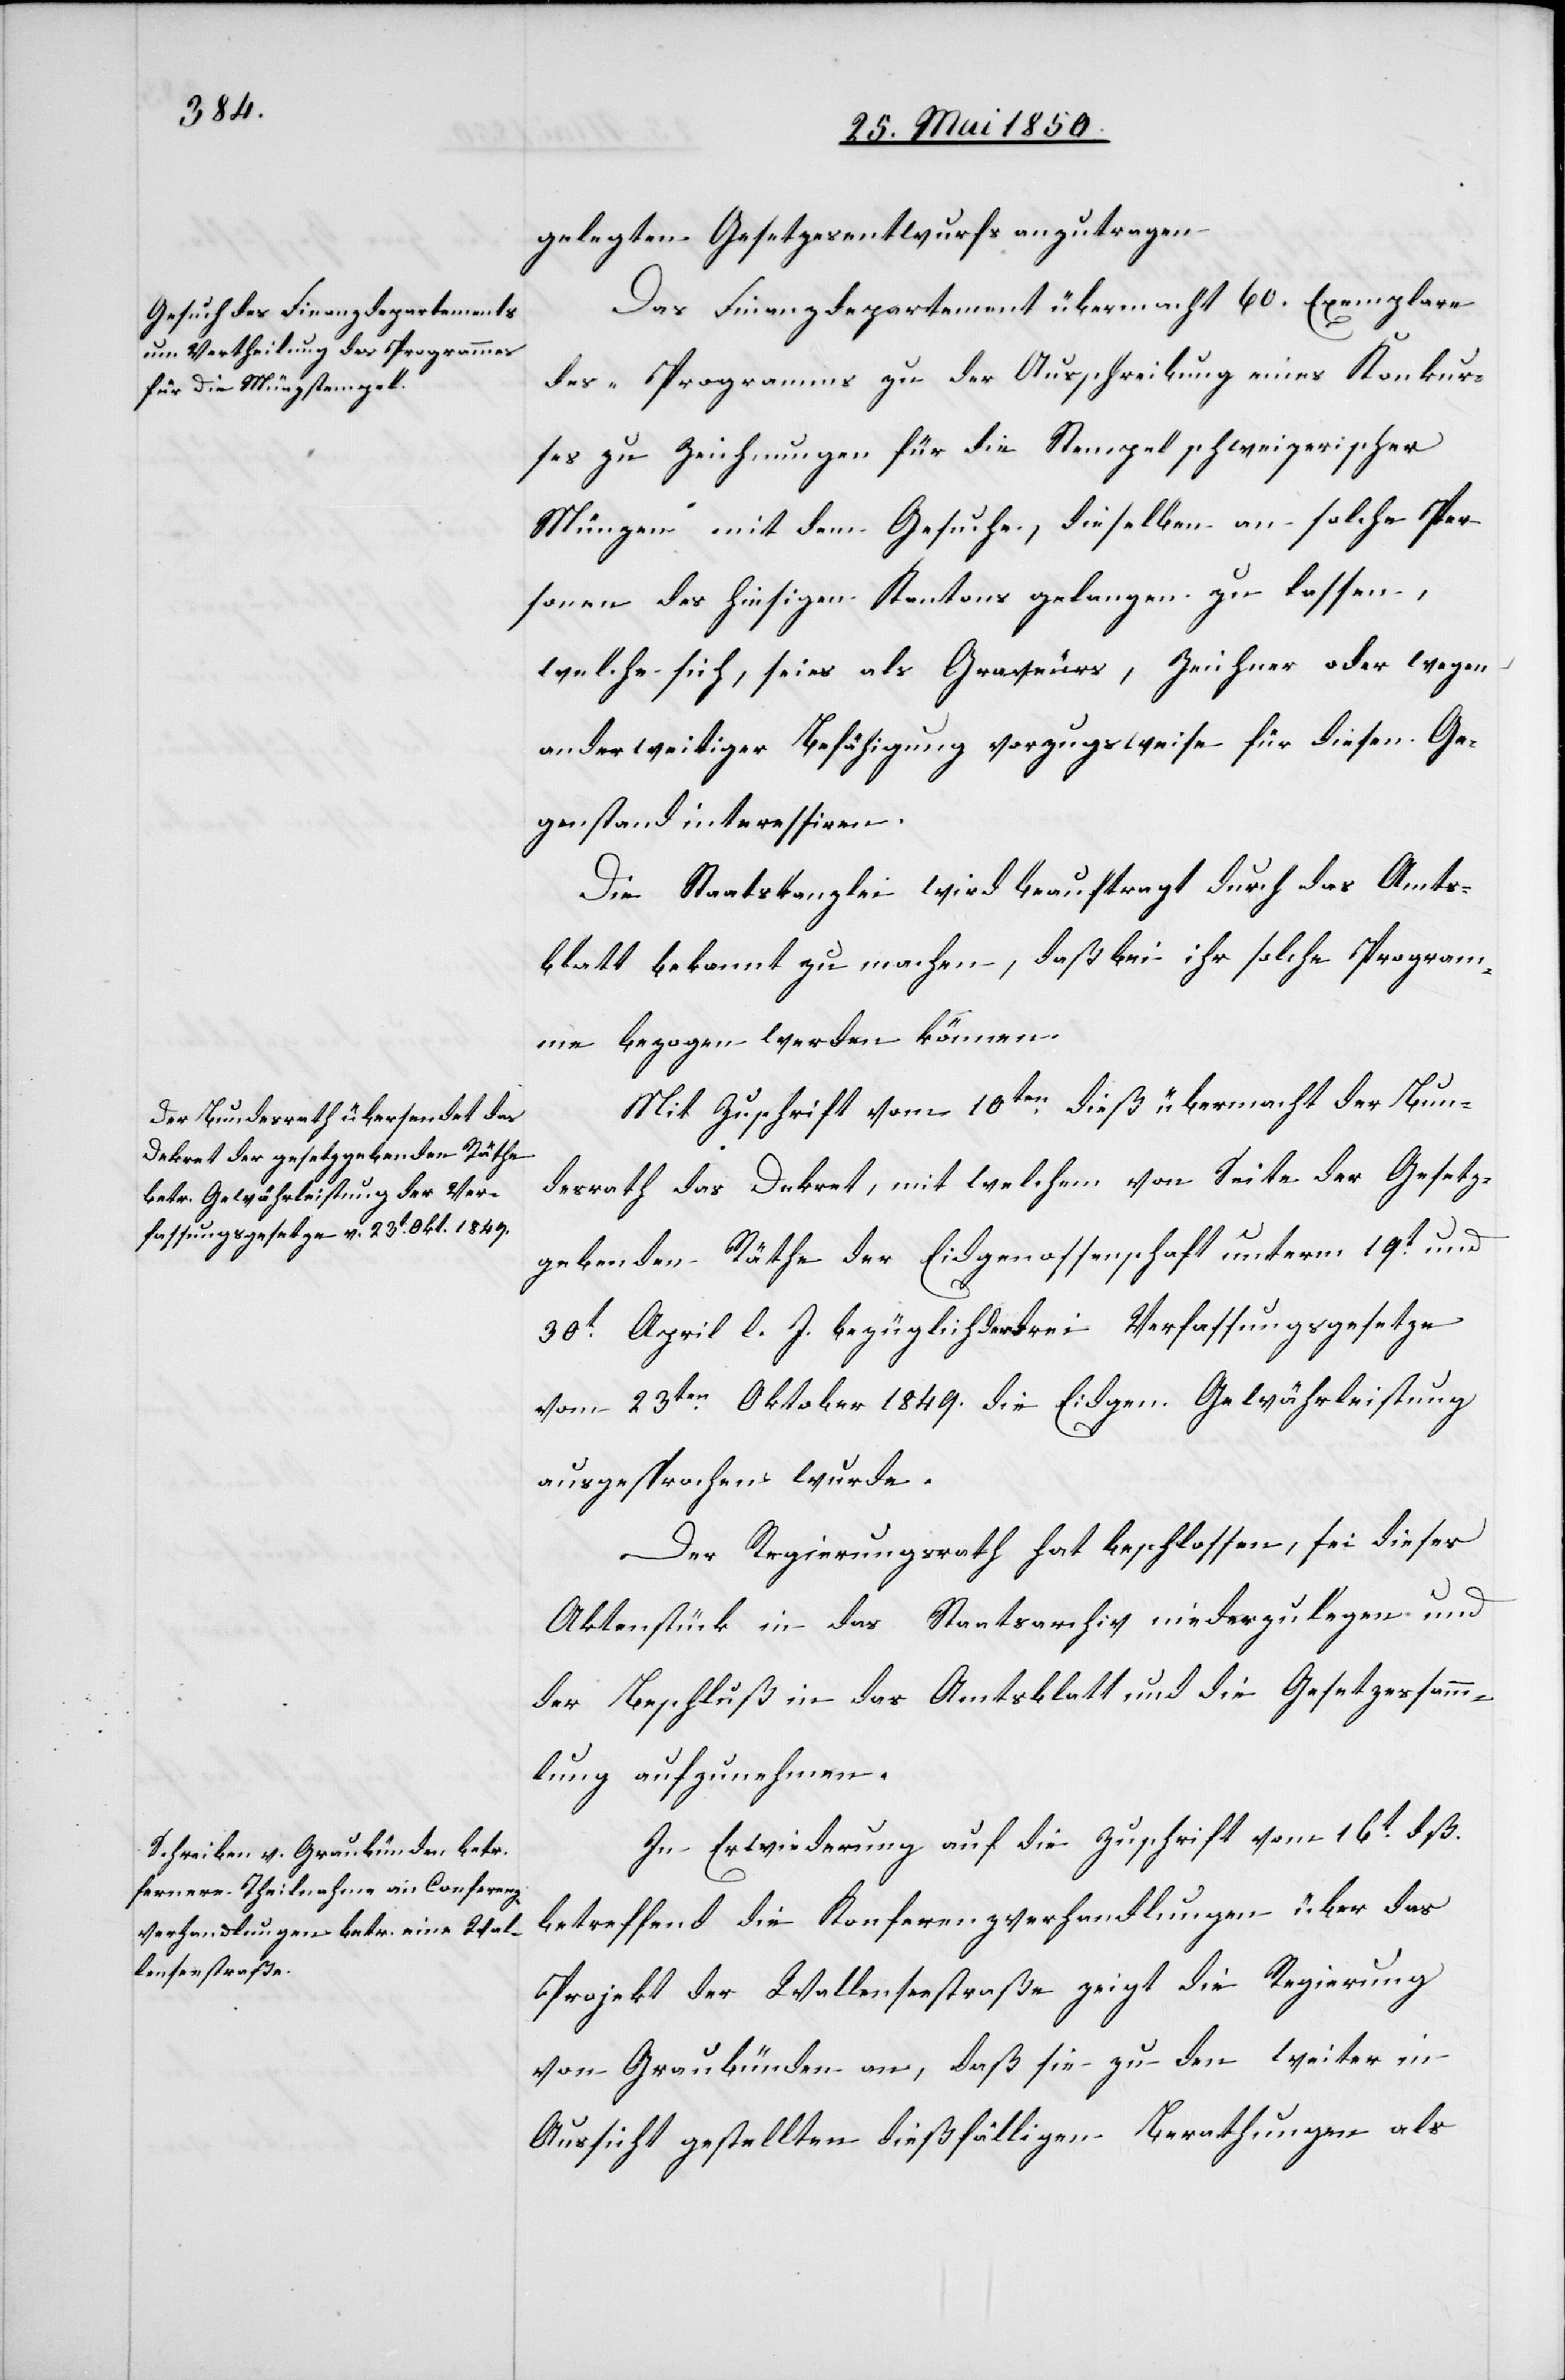
gelegten Gesetzesentwurfs anzutragen.
Das Finanzdepartement übermacht 60. Exemplare
des „Programms zu der Ausschreibung eines Konkur¬
ses zu Zeichnungen für die Stempel schweizerischer
Münzen“ mit dem Gesuche, dieselben an solche Per¬
sonen des hiesigen Kantons gelangen zu lassen,
welche sich, sei es als Graveurs, Zeichner oder wegen
anderweitiger Befähigung vorzugsweise für diesen Ge¬
genstand interessiren.
Die Staatskanzlei wird beauftragt durch das Amts¬
blatt bekannt zu machen, daß bei ihr solche Program¬
me bezogen werden können.
Mit Zuschrift vom 10ten dieß übermacht der Bun¬
desrath das Dekret, mit welchem von Seite der Gesetz¬
gebenden Räthe der Eidgenossenschaft unterm 19t und
30t April l. J. bezüglich der drei Verfassungsgesetze
vom 23ten Oktober 1849. die Eidgen. Gewährleistung
ausgesprochen wurde.
Der Regierungsrath hat beschlossen, sei dieses
Aktenstück in das Staatsarchiv niederzulegen und
der Beschluß in das Amtsblatt und die Gesetzessamm¬
lung aufzunehmen.
In Erwiederung auf die Zuschrift vom 16t dß.
betreffend die Konferenzverhandlungen über das
Projekt der Wallenseestraße zeigt die Regierung
von Graubünden an, daß sie zu den weiter in
Aussicht gestellten dießfälligen Berathungen als